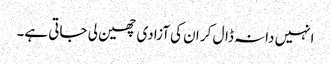
انہیں دانہ ڈال کر ان کی آزادی چھین لی جاتی ہے۔